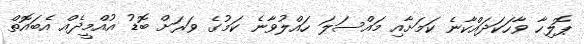
ޕޮލިހާ ވާހަކަދައްކާނެ ކަމަށާއި މައްސަލަ ހައްލުވާނެ ކަމުގެ ވަރަށް ބޮޑު އުއްމީދެއް އެބައޮތް